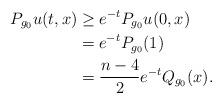
LaTeX: \begin{align*} P_{g_0} u (t,x) &\geq e^{-t} P_{g_0} u (0,x) \\&= e^{-t}P_{g_0} (1) \\&= \frac{n-4}{2} e^{-t} Q_{g_0}(x).\end{align*}